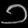
Digit: ၁